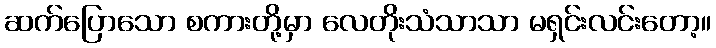
ဆက်ပြောသော စကားတို့မှာ လေတိုးသံသာသာ မရှင်းလင်းတော့။